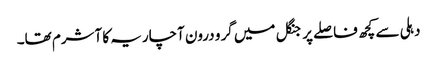
دہلی سے کچھ فاصلے پر جنگل میں گرو درون آچاریہ کا آشرم تھا۔